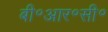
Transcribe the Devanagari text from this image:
बी॰आर॰सी॰